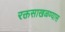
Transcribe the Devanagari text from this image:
रक्तसाखळण्यास